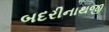
બદરીનાથજી